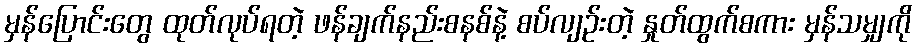
မှန်ပြောင်းတွေ ထုတ်လုပ်ရတဲ့ ဖန်ချက်နည်းစနစ်နဲ့ စပ်လျဉ်းတဲ့ နှုတ်ထွက်စကား မှန်သမျှကို